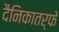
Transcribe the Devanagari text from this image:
दैनिकातर्फे